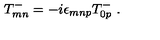
T _ { m n } ^ { - } = - i \epsilon _ { m n p } T _ { 0 p } ^ { - } \ .